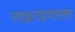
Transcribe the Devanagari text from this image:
लाइटइयरला